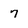
Character: 7